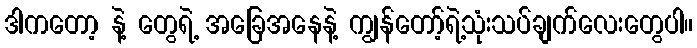
ဒါကတော့ နဲ့ တွေရဲ့ အခြေအနေနဲ့ ကျွန်တော့်ရဲ့သုံးသပ်ချက်လေးတွေပါ။